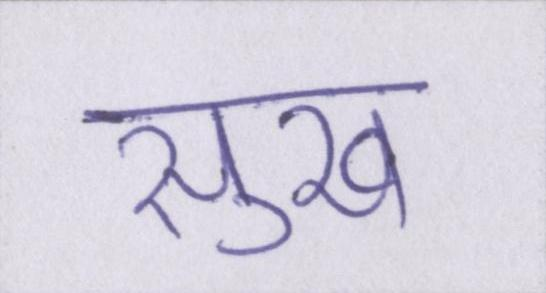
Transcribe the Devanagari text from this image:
सुख